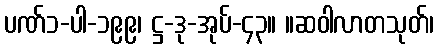
ပဏ်၁-ပါ-၁၉၉၊ ဋ္ဌ-ဒု-အုပ်-၄၃။ ။ဆဝါလာတသုတ်၊